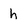
Character: h